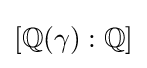
[\mathbb {Q} (\gamma ):\mathbb {Q} ]